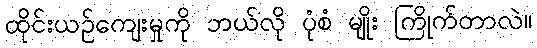
ထိုင်းယဉ်ကျေးမှုကို ဘယ်လို ပုံစံ မျိုး ကြိုက်တာလဲ။